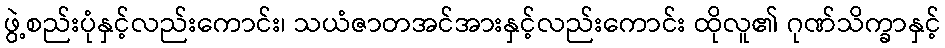
ဖွဲ့စည်းပုံနှင့်လည်းကောင်း၊ သယံဇာတအင်အားနှင့်လည်းကောင်း ထိုလူ၏ ဂုဏ်သိက္ခာနှင့်